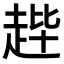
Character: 𫎳